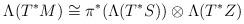
LaTeX: \begin{align*}\begin{aligned}\Lambda(T^{*}M)\cong \pi^{*}(\Lambda(T^{*}S))\otimes \Lambda(T^{*}Z)\end{aligned}\end{align*}